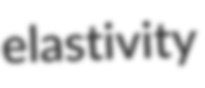
elastivity